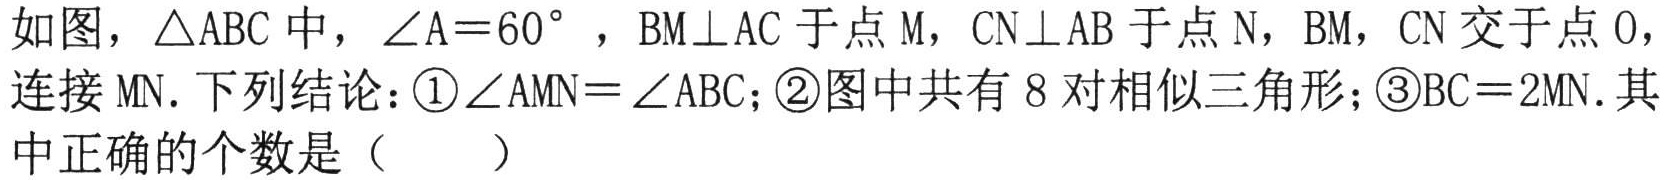
如图，\(\triangle ABC\)中，\(\angle A = 60^{\circ}\)，\(BM\perp AC\)于点\(M\)，\(CN\perp AB\)于点\(N\)，\(BM\)，\(CN\)交于点\(O\)，连接\(MN\). 下列结论：\textcircled{1}\(\angle AMN=\angle ABC\)；\textcircled{2}图中共有\(8\)对相似三角形；\textcircled{3}\(BC = 2MN\). 其中正确的个数是（  ）